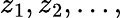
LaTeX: z_{1},z_{2},\ldots,